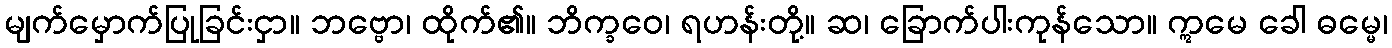
မျက်မှောက်ပြုခြင်းငှာ။ ဘဗ္ဗော၊ ထိုက်၏။ ဘိက္ခဝေ၊ ရဟန်းတို့။ ဆ၊ ခြောက်ပါးကုန်သော။ ဣမေ ခေါ ဓမ္မေ၊